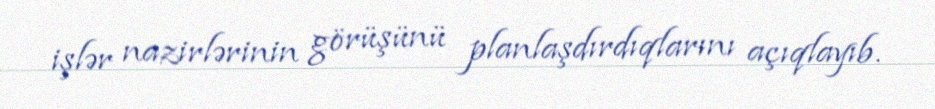
işlər nazirlərinin görüşünü planlaşdırdıqlarını açıqlayıb.